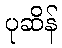
ပုဆိန်